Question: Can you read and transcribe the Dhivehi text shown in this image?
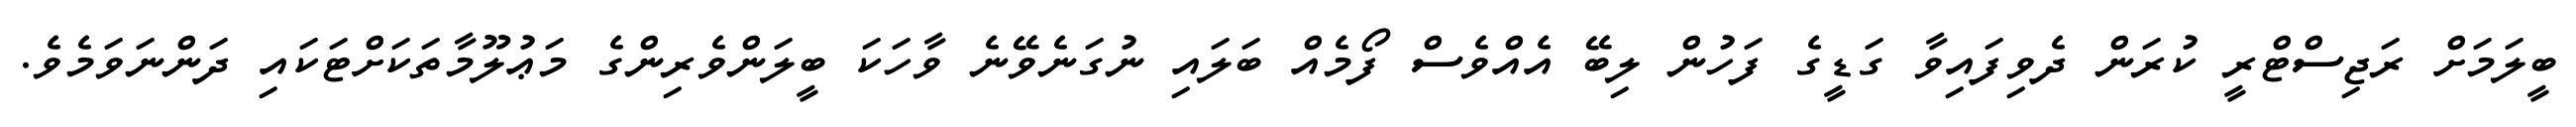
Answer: ބީލަމަށް ރަޖިސްޓްރީ ކުރަން ދެވިފައިވާ ގަޑީގެ ފަހުން ލިބޭ އެއްވެސް ފޯމެއް ބަލައި ނުގަނެވޭނެ ވާހަކަ ބީލަންވެރިންގެ މަޢުލޫމާތަކަށްޓަކައި ދަންނަވަމެވެ.